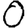
Digit: 0